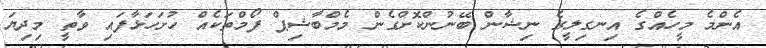
އެންމެ މީހެއްގެ އިނގިލީގެ ނިޝާން ބޭނުންކޮށްގެން މެމްބާޝިޕް ފޯމްތަކެއް ހުށަހަޅާފައި ވާތީ މިދިޔަ